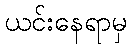
ယင်းနေရာမှ